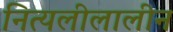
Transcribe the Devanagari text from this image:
नित्यलीलालीन